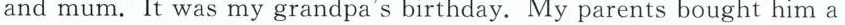
and mum. It was my grandpa's birthday. My parents bought him a